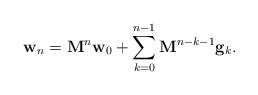
\begin{align*}\mathbf{w}_n=\mathbf{M}^{n}\mathbf{w}_{0}+\sum_{k=0}^{n-1}\mathbf{M}^{n-k-1}\mathbf{g}_{k}.\end{align*}